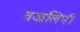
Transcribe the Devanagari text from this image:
वज्रलिपी